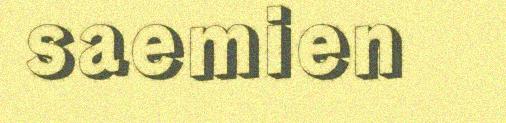
saemien